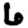
Digit: 6